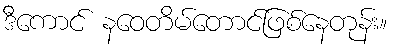
ဒီကောင် နဝေတိမ်တောင်ဖြစ်နေတုန်း။